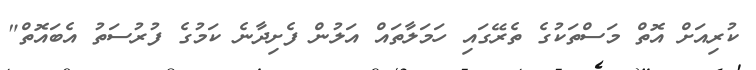
ކުރިއަށް އޮތް މަސްތަކުގެ ތެރޭގައި ހަމަލާތައް އަލުން ފެށިދާނެ ކަމުގެ ފުރުސަތު އެބައޮތް"